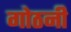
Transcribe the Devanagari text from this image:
गोठनी